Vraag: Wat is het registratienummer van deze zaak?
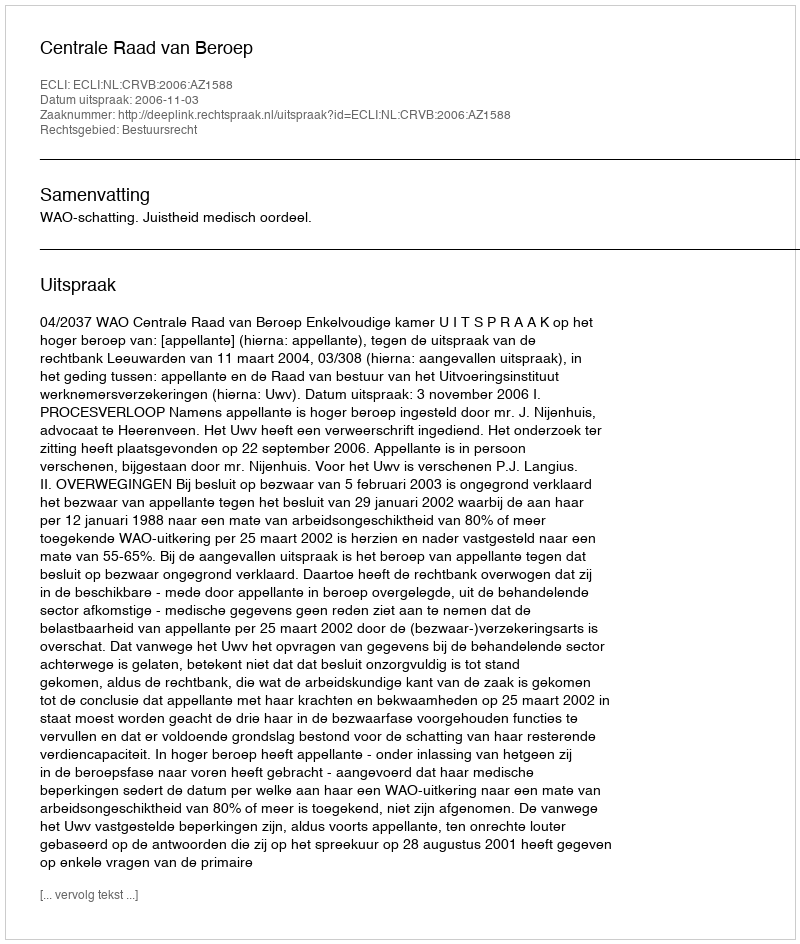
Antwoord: http://deeplink.rechtspraak.nl/uitspraak?id=ECLI:NL:CRVB:2006:AZ1588